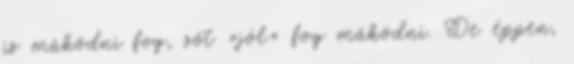
is működni fog, sőt »jól« fog működni. De éppen,